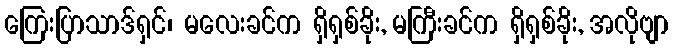
ကြေးပြာသာဒ်ရှင်၊ မလေးခင်က ရှိရှစ်ခိုး, မကြီးခင်က ရှိရှစ်ခိုး, အလိုဗျာ